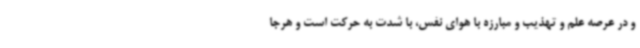
و در عرصه علم و تهذیب و مبارزه با هوای نفس، با شدت به حرکت است و هرجا